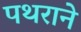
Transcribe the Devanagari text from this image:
पथराने